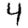
Digit: 4